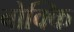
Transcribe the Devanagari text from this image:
बोक्कि